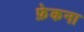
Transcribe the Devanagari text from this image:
फ़ेकना